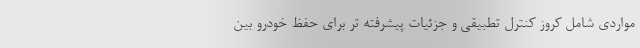
مواردی شامل کروز کنترل تطبیقی و جزئیات پیشرفته تر برای حفظ خودرو بین